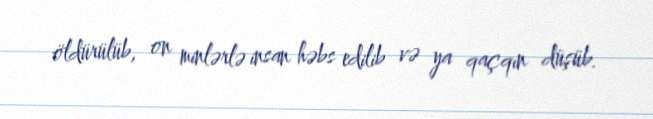
öldürülüb, on minlərlə insan həbs edilib və ya qaçqın düşüb.